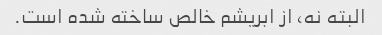
البته نه، از ابریشم خالص ساخته شده است.